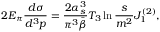
2 E _ { \pi } \frac { d \sigma } { d ^ { 3 } { \displaystyle p } } = \frac { 2 \alpha _ { s } ^ { 3 } } { \pi ^ { 3 } \bar { \beta } } T _ { 3 } \ln \frac { s } { m ^ { 2 } } J _ { 1 } ^ { ( 2 ) } ,